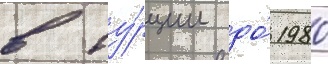
в ту́рции до́ 1980